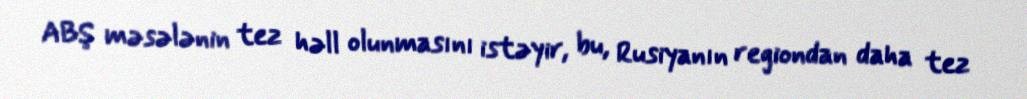
ABŞ məsələnin tez həll olunmasını istəyir, bu, Rusiyanın regiondan daha tez